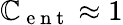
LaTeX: {\cal{\mathbb{C}}}_{\mathrm{{~e~n~t~}}}\approx1